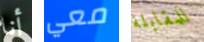
أنا معي للمقابلة